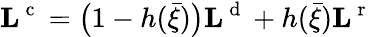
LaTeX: {\mathbf L}^{\mathrm{~c~}}=\big(1-h(\bar{\xi})\big){\mathbf L}^{\mathrm{~d~}}+h(\bar{\xi}){\mathbf L}^{\mathrm{~r~}}